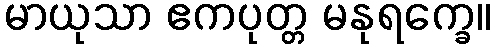
မာယုသာ ဧကပုတ္တ မနုရက္ခေ။